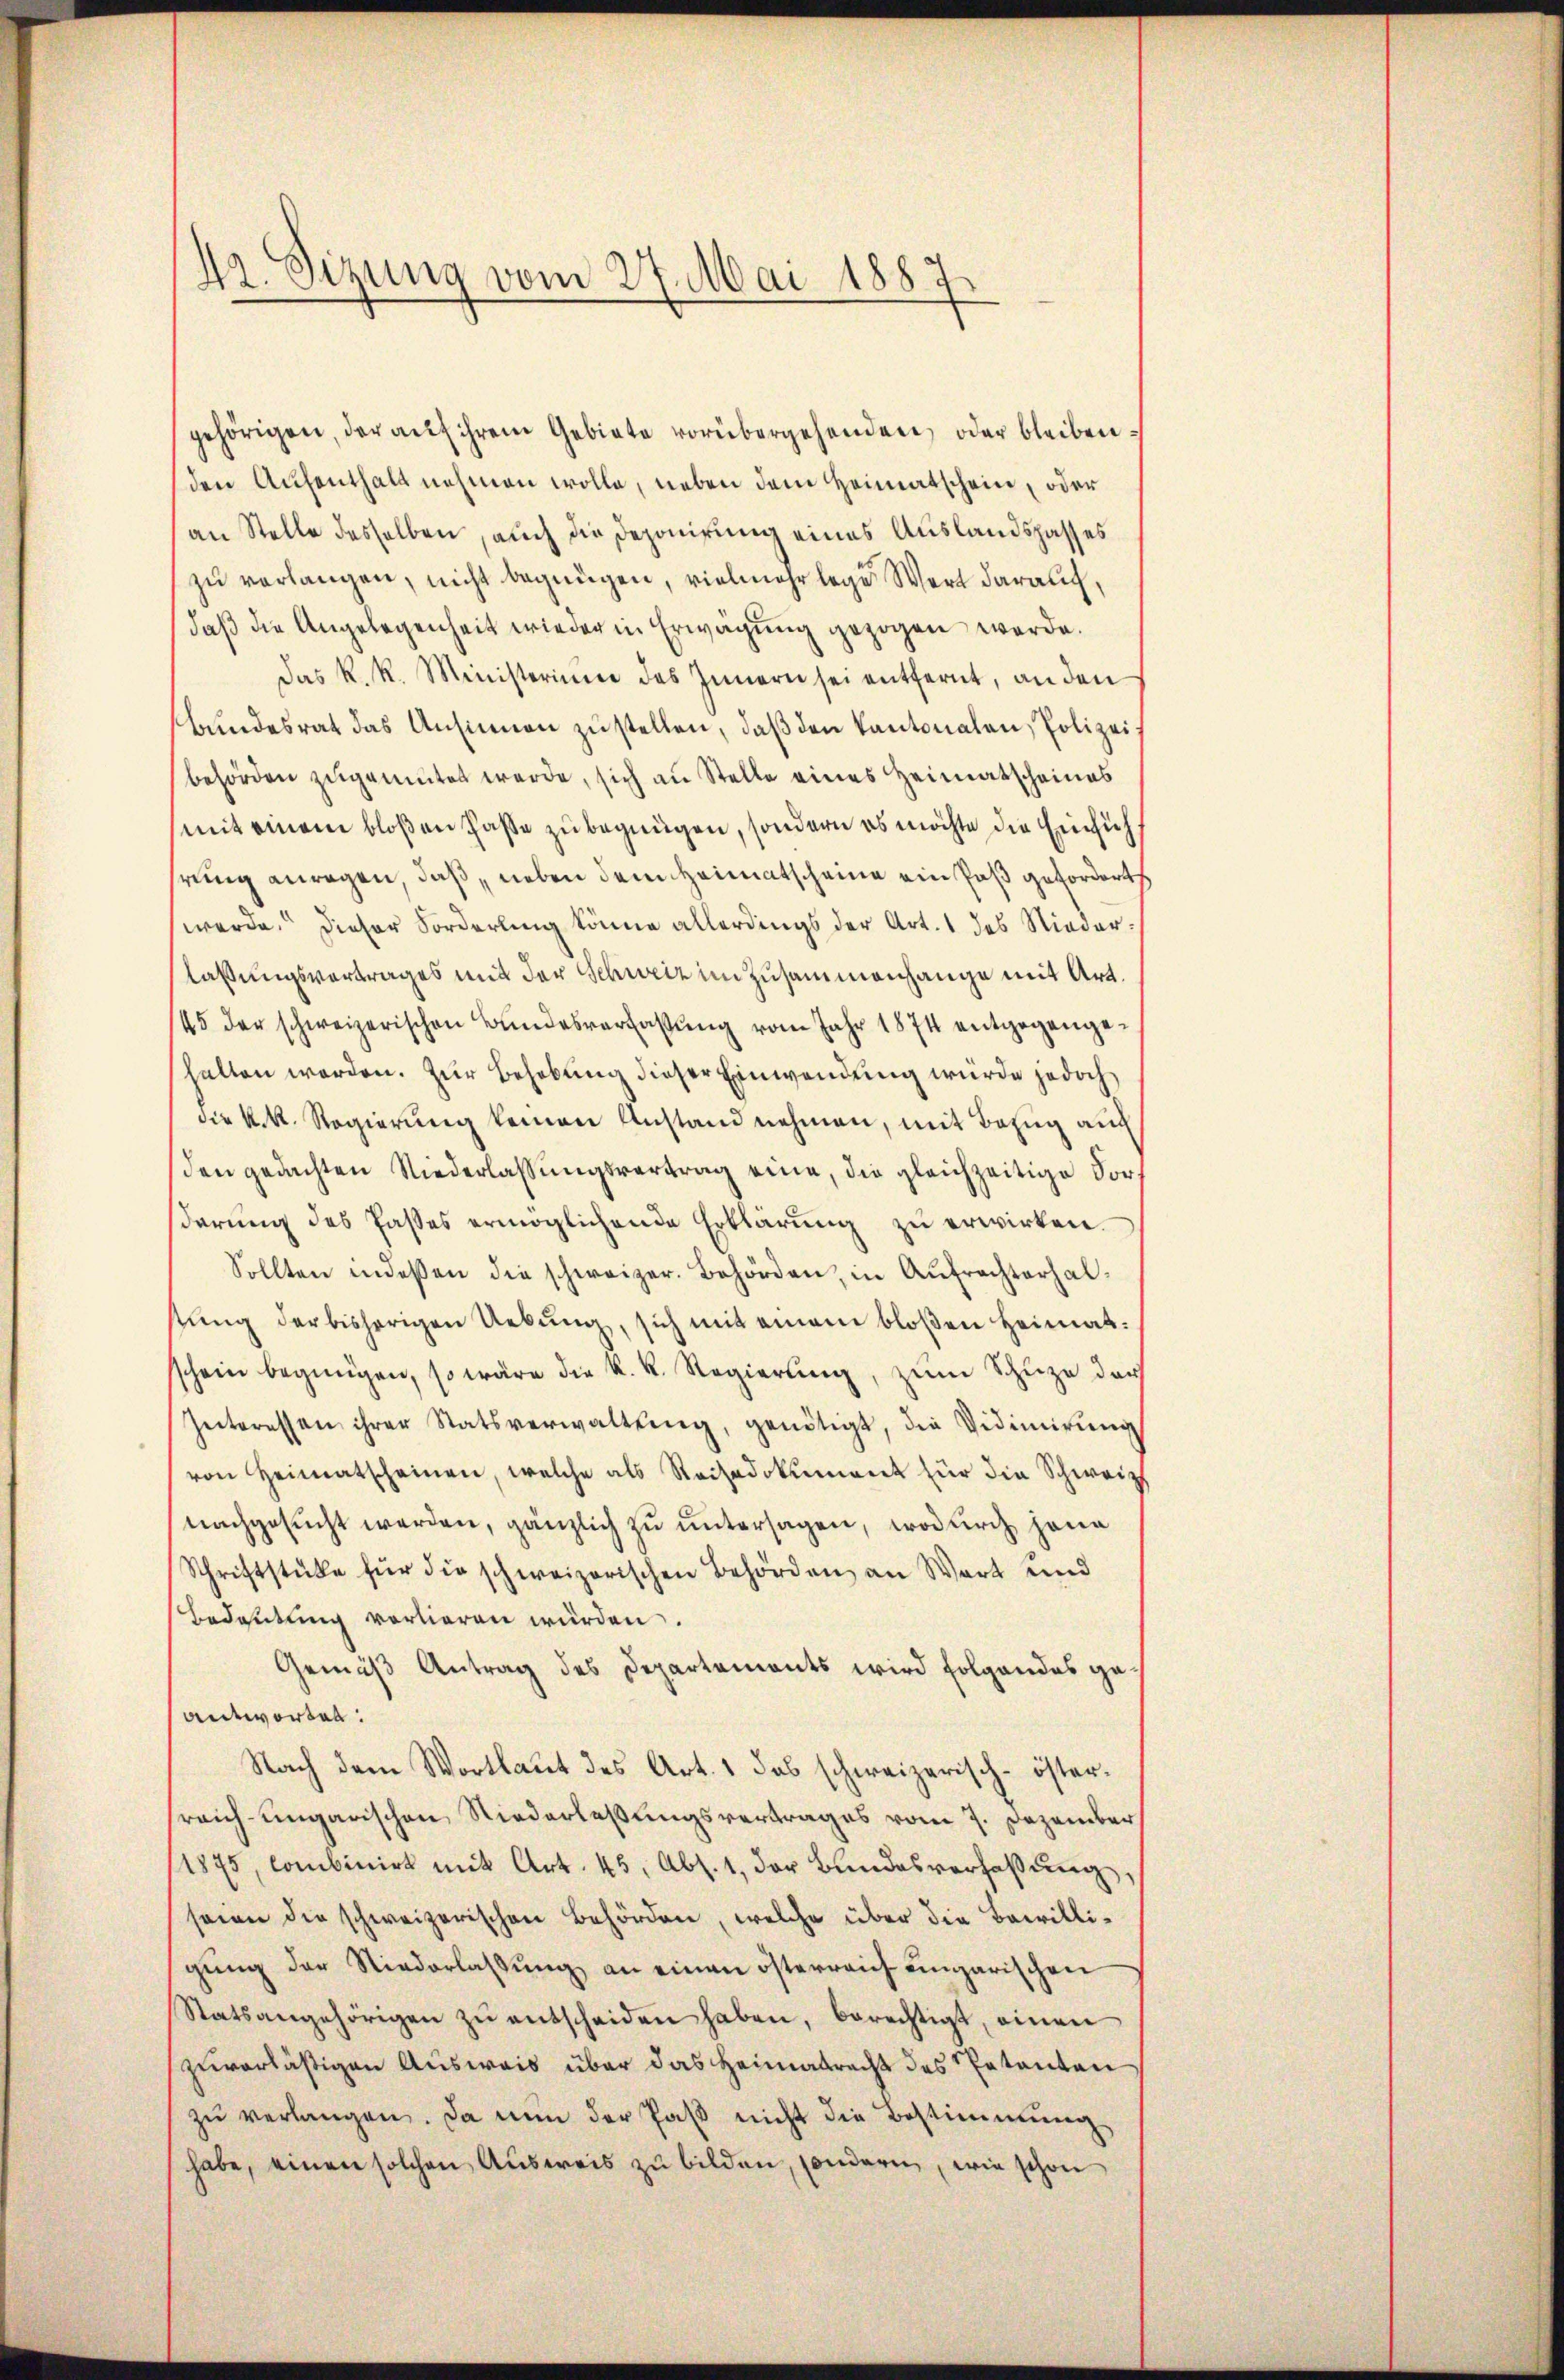
42. Sizung vom 27. Mai 1887.

gehörigen, der aŭf ihrem Gebiete vorübergehenden, oder bleiben:
den Aufenthalt nehmen wolle, neben dem Heimatschein, oder
an Stelle desselben, auch die Deponirung eines Auslandspasses
zu verlangen, nicht begnügen, vielmehr lege Wert darauf,
daß die Angelegenheit wieder in Erwägung gezogen werde.
Das k. k. Ministerium des Innern sei entfernt, an den
bundesrat das Ansinnen zustellen, daß den Kantonalen, Polizei
behörden zugemutet werde, sich an Stelle eines Heimatscheines
mit einem bloßen Paße zu begnügen, sondern es möchte die Einsichrung anregen, daß neben dem Heimatscheine ein Paß gefordert
werde. Dieser Forderling könne allerdings der Art. 1 des Niederlaßungsvertrages mit der Schweiz im Zusammenhange mit Art.
145 der schweizerischen Bundesverfassŭng vom Jahr 1874 entgegengehalten werden. Zur Behebung dieser Einwendung würde jedoch
die k.k. Regierung keinen Anstand nehmen, mit Bezug auch
den gedachten Niederlassŭngsvertrag eine, die gleichzeitige Vorβerŭng des Passes ermöglichende Erklärŭng zŭ erwirken.
Sollten indessen die schweizer. Behörden, in Aufrechterhaltŭng der bisherigen Uebŭng, sich mit einem bloβen Heimatschein begingen, so wäre die k. k. Regierŭng, zŭm Schuze der
Interessen ihrer Statsverwaltŭng, genötigt, die Vidimierŭng
von Heimatscheinen, welche als Reisadokument für die Schweiz
nachgesucht werden, gänzlich zu untersagen, wodurch jene
Schriftstüke für die schweizerischen Behörden an Wart und
Bedeutung vorlieren würden.
Gemäß Antrag des Departements wird folgendes geantworten:
Nach dem Wortlaut des Art. 1 das schweizerisch-österreich-ungarischen Niederlaßungsvertrages vom 7. Dezember
1875, combinirt mit Art. 45, Abs. 1, der Bundesverfaßung,
seien die schweizerischen Behörden, welche über die Bewilligŭng der Niederlassŭng an einen österreich eingarischen
Statsangehörigen zŭ entscheiden haben, berechtigt, einen
zuverläßigen Ausweis über das Heimatrecht des Petenten
zŭ verlangen. Da nun der Paβ nicht die Bestimmung
habe, einen solchen Aŭsweis zu bilden, sondern, wie schon